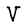
Character: V